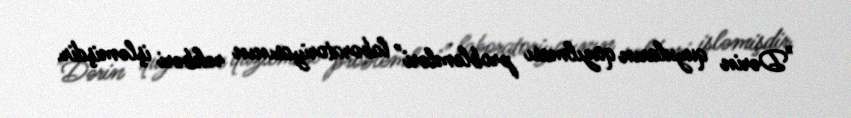
"Dərin quyuların qazılması problemləri" laboratoriyasının rəhbəri işləmişdir.